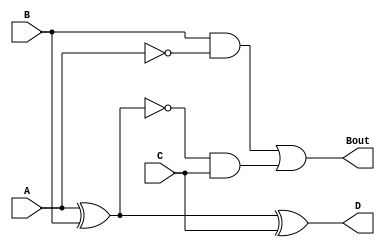
module borrowAhead1b (
    input A,
    input B,
    input C,
    output D,
    output Bout
);
    wire A1;
    wire A2;
    wire A3;

    xor (A1, A, B);
    and (A2, B, ~A);
    and (A3, ~A1, C);

    xor (D, A1, C);

    or (Bout, A2, A3);
endmodule